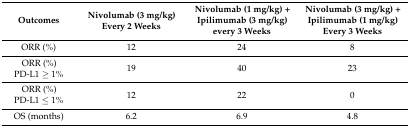
<table><thead><tr><td><b>Outcomes</b></td><td><b>Nivolumab (3 mg/kg) Every 2 Weeks</b></td><td><b>Nivolumab (1 mg/kg) + Ipilimumab (3 mg/kg) every 3 Weeks</b></td><td><b>Nivolumab (3 mg/kg) + Ipilimumab (1 mg/kg) Every 3 Weeks</b></td></tr></thead><tbody><tr><td>ORR (%)</td><td>12</td><td>24</td><td>8</td></tr><tr><td>ORR (%)PD-L1 ≥ 1%</td><td>19</td><td>40</td><td>23</td></tr><tr><td>ORR (%)PD-L1 ≤ 1%</td><td>12</td><td>22</td><td>0</td></tr><tr><td>OS (months)</td><td>6.2</td><td>6.9</td><td>4.8</td></tr></tbody></table>